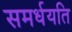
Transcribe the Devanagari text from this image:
समर्धयति